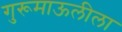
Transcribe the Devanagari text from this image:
गुरूमाऊलीला